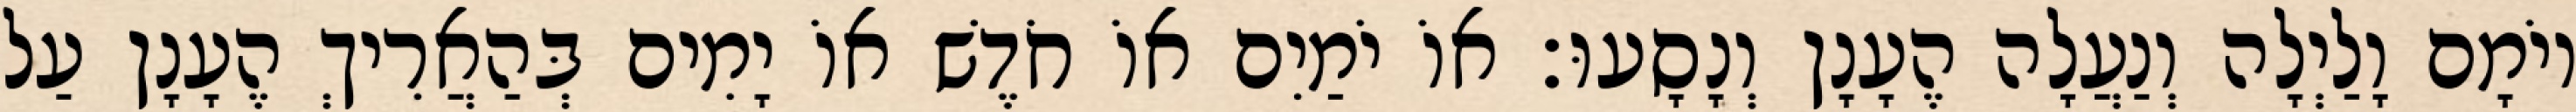
יוֹמָם וָלַיְלָה וְנַעֲלָה הֶעָנָן וְנָסָעוּ׃ אוֹ יֹמַיִם אוֹ חֹדֶשׁ אוֹ יָמִים בְּהַאֲרִיךְ הֶעָנָן עַל